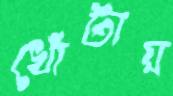
খোঁটায়